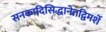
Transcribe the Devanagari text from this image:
सनकादिसिद्धानेतद्विमर्शे